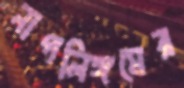
নাগলিঙ্গমের